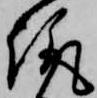
趣